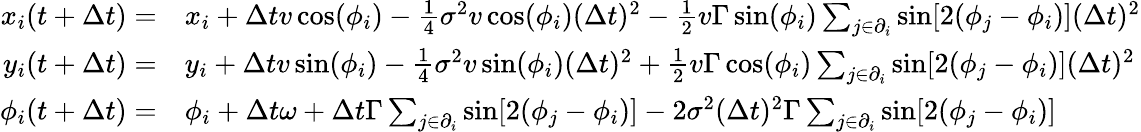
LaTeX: \begin{array}{rl}{x_{i}(t+\Delta t)=}&{{}x_{i}+\Delta tv\cos(\phi_{i})-\frac{1}{4}\sigma^{2}v\cos(\phi_{i})(\Delta t)^{2}-\frac{1}{2}v\Gamma\sin(\phi_{i})\sum_{j\in\partial_{i}}\sin[2(\phi_{j}-\phi_{i})](\Delta t)^{2}}\\ {y_{i}(t+\Delta t)=}&{{}y_{i}+\Delta tv\sin(\phi_{i})-\frac{1}{4}\sigma^{2}v\sin(\phi_{i})(\Delta t)^{2}+\frac{1}{2}v\Gamma\cos(\phi_{i})\sum_{j\in\partial_{i}}\sin[2(\phi_{j}-\phi_{i})](\Delta t)^{2}}\\ {\phi_{i}(t+\Delta t)=}&{{}\phi_{i}+\Delta t\omega+\Delta t\Gamma\sum_{j\in\partial_{i}}\sin[2(\phi_{j}-\phi_{i})]-2\sigma^{2}(\Delta t)^{2}\Gamma\sum_{j\in\partial_{i}}\sin[2(\phi_{j}-\phi_{i})]}\end{array}